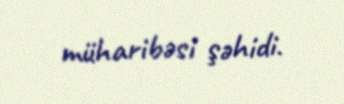
müharibəsi şəhidi.